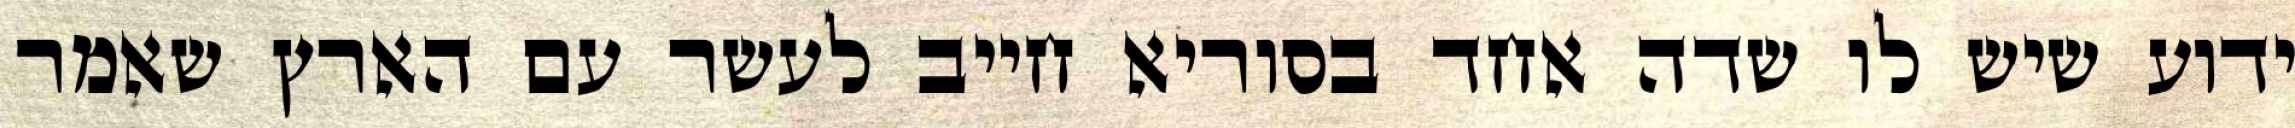
ידוע שיש לו שדה אחד בסוריא חייב לעשר עם הארץ שאמר